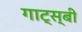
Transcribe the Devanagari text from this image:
गाट्स्बी